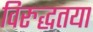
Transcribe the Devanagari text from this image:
विरुद्धतया